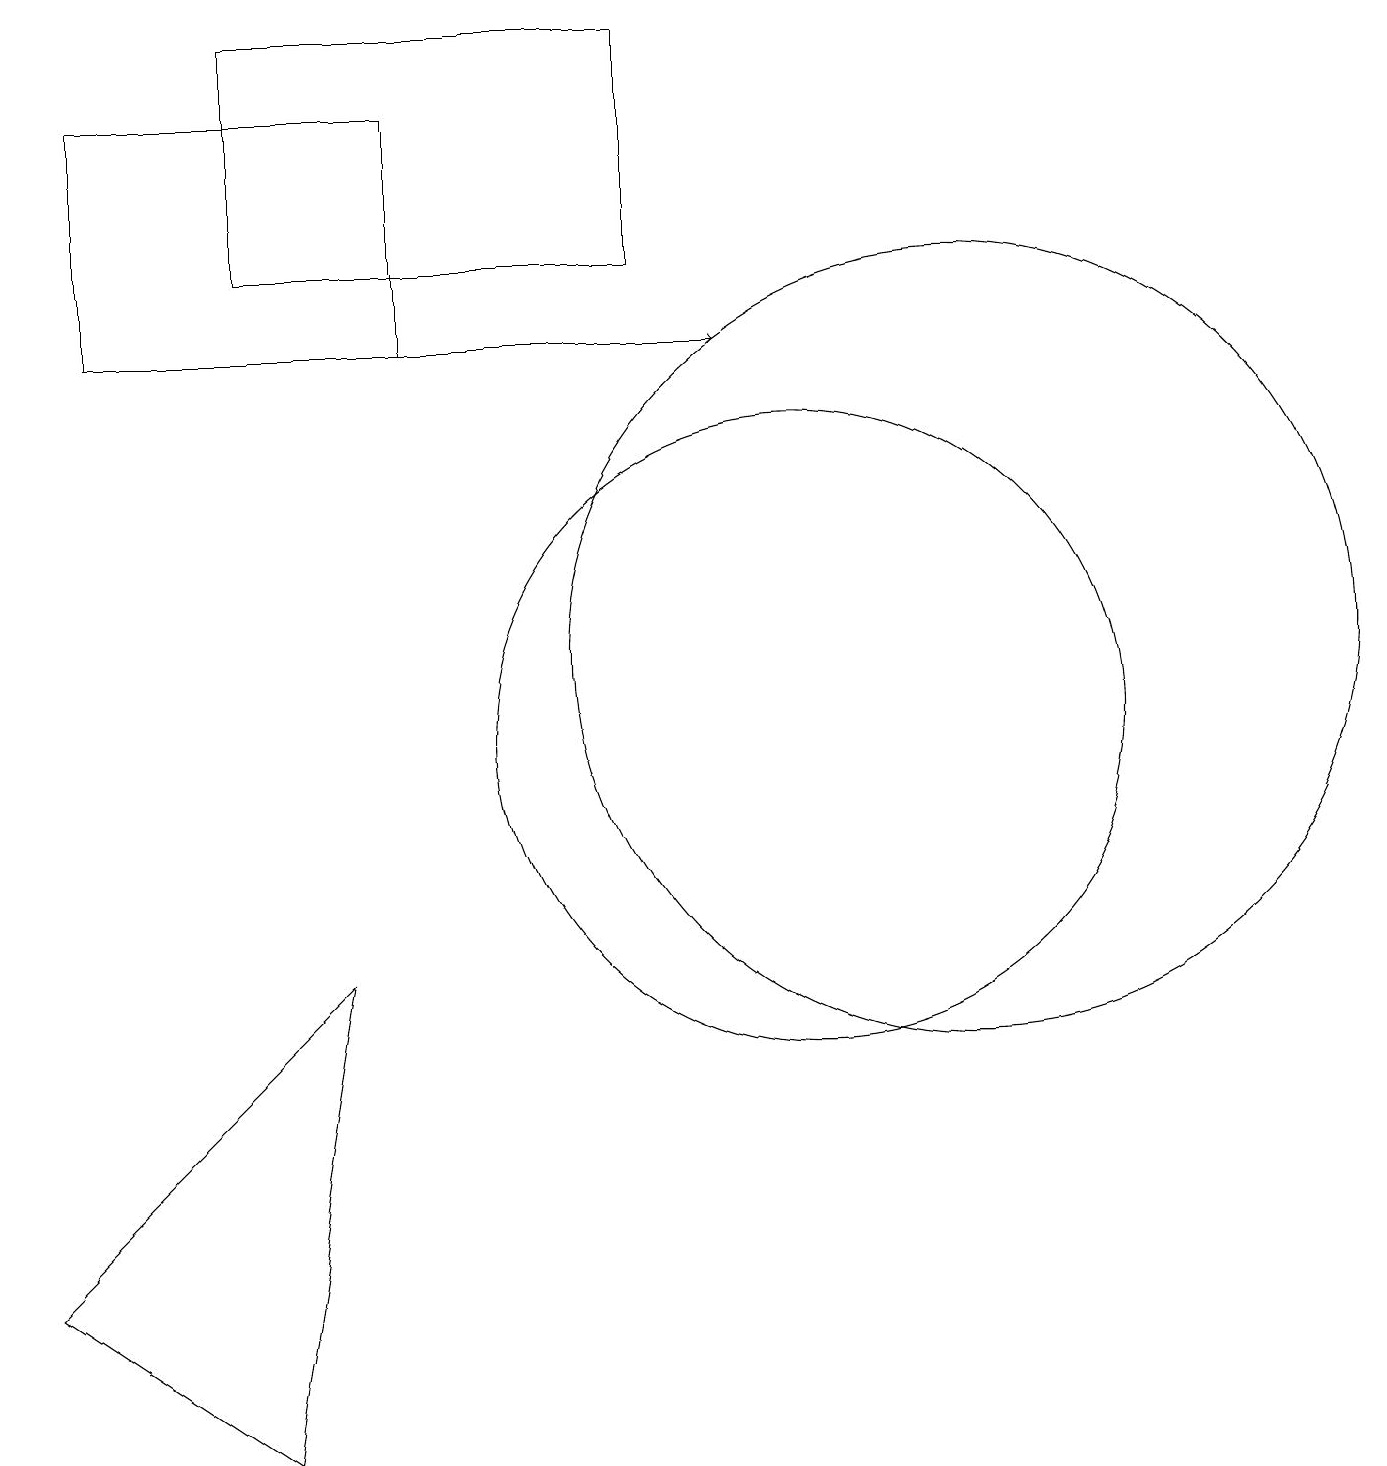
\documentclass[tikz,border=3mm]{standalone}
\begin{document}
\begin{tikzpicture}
\draw[->] (4,15) -- (9,15);
\draw (1,15) rectangle (5,18);
\draw (4,7) -- (0,3) -- (3,1) -- cycle;
\draw (10,10) circle (4);
\draw (12,11) circle (5);
\draw (3,16) rectangle (8,19);
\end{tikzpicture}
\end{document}